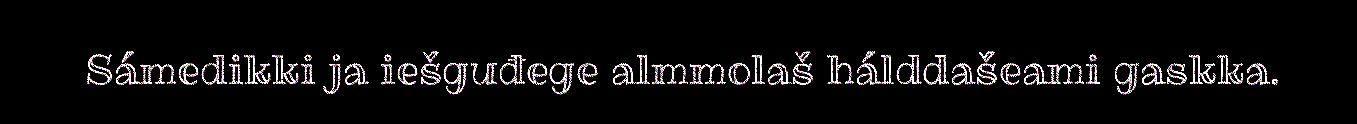
Sámedikki ja iešguđege almmolaš hálddašeami gaskka.